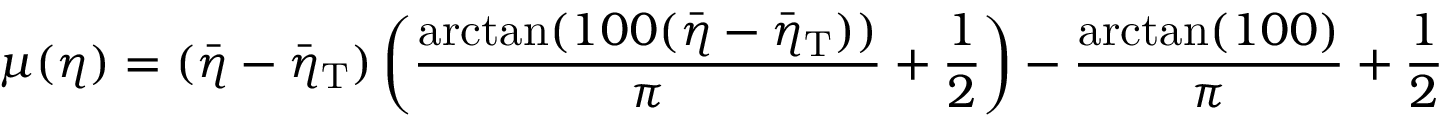
\mu ( \eta ) = ( \bar { \eta } - \bar { \eta } _ { \mathrm { T } } ) \left( \frac { \arctan ( 1 0 0 ( \bar { \eta } - \bar { \eta } _ { \mathrm { T } } ) ) } { \pi } + \frac { 1 } { 2 } \right) - \frac { \arctan ( 1 0 0 ) } { \pi } + \frac { 1 } { 2 }